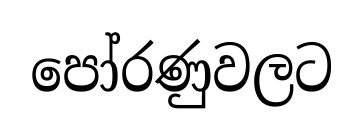
පෝරණුවලට